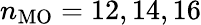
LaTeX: n_{\mathrm{MO}}=12,14,16